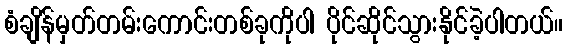
စံချိန်မှတ်တမ်းကောင်းတစ်ခုကိုပါ ပိုင်ဆိုင်သွားနိုင်ခဲ့ပါတယ်။